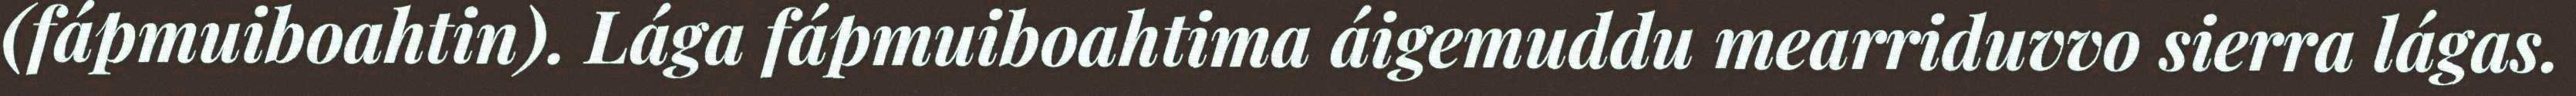
(fápmuiboahtin). Lága fápmuiboahtima áigemuddu mearriduvvo sierra lágas.